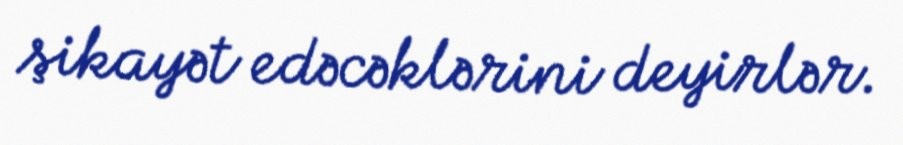
şikayət edəcəklərini deyirlər.